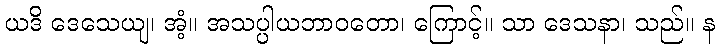
ယဒိ ဒေသေယျ၊ အံ့။ အသပ္ပါယဘာဝတော၊ ကြောင့်။ သာ ဒေသနာ၊ သည်။ န